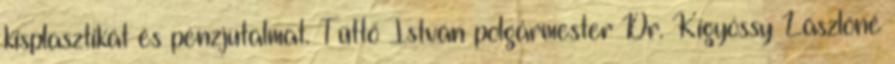
kisplasztikát és pénzjutalmat. Tüttő István polgármester Dr. Kígyóssy Lászlóné